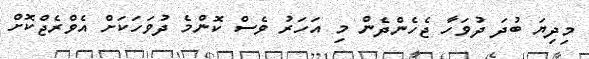
މިދިޔަ ބުދަ ދުވަހާ ޖެހެންދެން މި އަހަރު ވެސް ކޮންމެ ދުވަހަކަށް އެވްރެޖްކޮށް